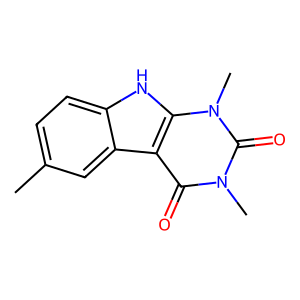
SMILES: Cc1ccc2[nH]c3c(c(=O)n(C)c(=O)n3C)c2c1
Inhibits HIV replication: No